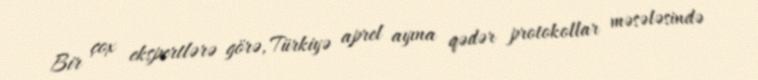
Bir çox ekspertlərə görə, Türkiyə aprel ayına qədər protokollar məsələsində